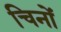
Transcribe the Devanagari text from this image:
चिनों